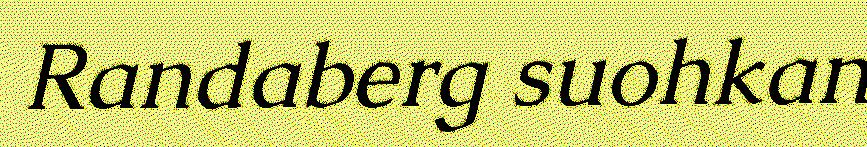
Randaberg suohkan